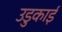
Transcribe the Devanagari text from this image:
उडुकाई